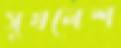
সুখলেশ